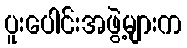
ပူးပေါင်းအဖွဲ့များက